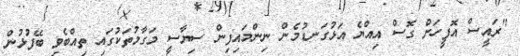
"ރައީސް އޮފީހަށް ގޮސް އިއްޔެ އަޅުގަނޑުމެން ނިންމައިފިން ސިޔާސީ މަގާމުތަކުގައި ތިއްބެވި ބޭފުޅުން